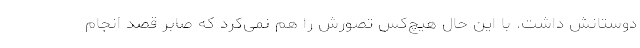
دوستانش داشت. با این حال هیچ‌کس تصورش را هم نمی‌کرد که صابر قصد انجام